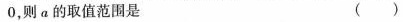
0$$，则a的取值范围是()